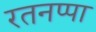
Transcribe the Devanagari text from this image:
रतनप्पा